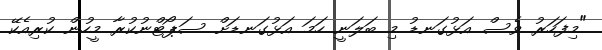
"މިފަހަރު ވެސް އަޅުގަނޑު މި ބަލަނީ ހަމަ އަޅުގަނޑަށް ސަޕޯޓްނުކުރާ މީހުން ކުރިއެކޭ